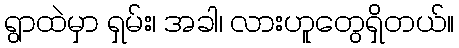
ရွာထဲမှာ ရှမ်း၊ အခါ၊ လားဟူတွေရှိတယ်။